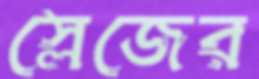
স্লেজের